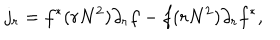
LaTeX: j _ { r } = f ^ { * } ( r N ^ { 2 } ) \partial _ { r } f - f ( r N ^ { 2 } ) \partial _ { r } f ^ { * } ,